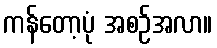
ကန်တော့ပုံ အစဉ်အလာ။